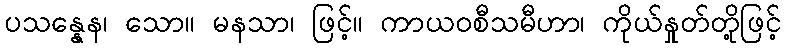
ပသန္နေန၊ သော။ မနသာ၊ ဖြင့်။ ကာယဝစီသမီဟာ၊ ကိုယ်နှုတ်တို့ဖြင့်